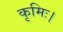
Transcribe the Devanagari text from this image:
कृमिः।